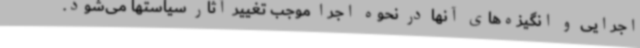
اجرایی و انگیزه‌های آنها در نحوه اجرا موجب تغییر آثار سیاستها می‌شود.